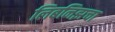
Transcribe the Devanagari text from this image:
लिबनिझचा